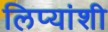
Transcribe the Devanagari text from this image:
लिप्यांशी